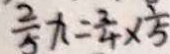
\frac { 2 } { 5 } x = \frac { 3 } { 4 } \times \frac { 1 } { 5 }